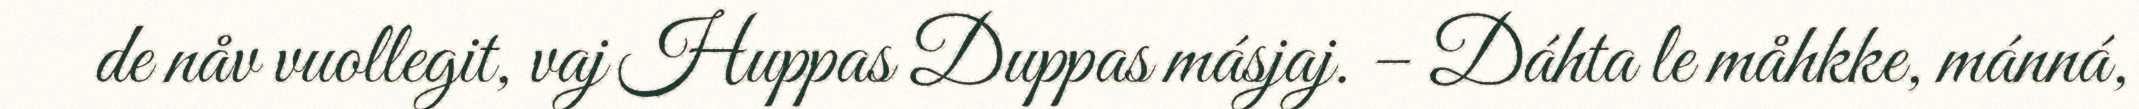
de nåv vuollegit, vaj Huppas Duppas másjaj. – Dáhta le måhkke, mánná,